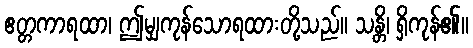
ဧတ္တကာရထာ၊ ဤမျှကုန်သောရထားတို့သည်။ သန္တိ၊ ရှိကုန်၏။